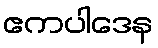
ဧကပါဒေန